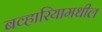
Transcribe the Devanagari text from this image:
बव्हारियामधील